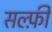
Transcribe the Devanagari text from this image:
सल्फ़ी